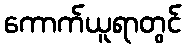
ကောက်ယူရာတွင်